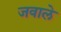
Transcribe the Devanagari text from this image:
जवाले